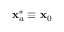
\mathbf { x } _ { a } ^ { * } \equiv \mathbf { x } _ { 0 }